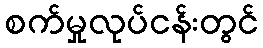
စက်မှုလုပ်ငန်းတွင်